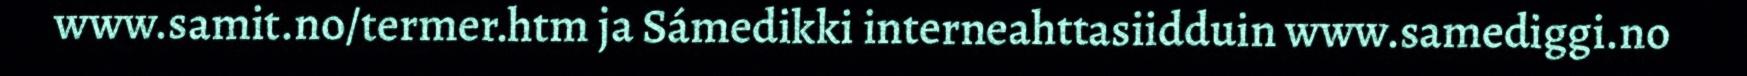
www.samit.no/termer.htm ja Sámedikki interneahttasiidduin www.samediggi.no